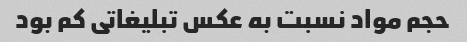
حجم مواد نسبت به عکس تبلیغاتی کم بود